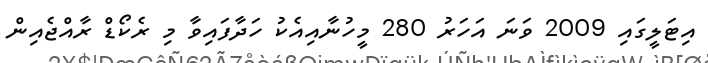
އިޓަލީގައި 2009 ވަނަ އަހަރު 280 މީހުނާއިއެކު ހަދާފައިވާ މި ރެކޯޑް ރާއްޖެއިން